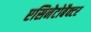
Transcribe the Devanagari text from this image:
एसिनेटोबैक्टर